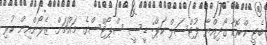
ބެޓީ ކްރޮކާ ގޯދިއްޔާ ފުޓްސަލް ކަޕް: ޑީސީ ސްޕޯޓްސްގެ މައްޗަށް ޒެލޯންއިން ކުރި